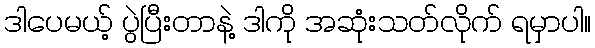
ဒါပေမယ့် ပွဲပြီးတာနဲ့ ဒါကို အဆုံးသတ်လိုက် ရမှာပါ။